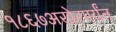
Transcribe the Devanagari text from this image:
१८६७अखेरपर्यंत